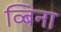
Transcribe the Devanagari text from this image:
व्बिना